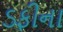
ડફીના